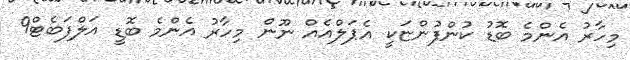
މިހާރު އެންމެ ބޮޑު ކުންފުންޏަކީ އެޕަލްއެއް ނޫން މިހާރު އެންމެ ބޮޑީ އަލްފަބެޓް9